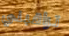
تراقبني